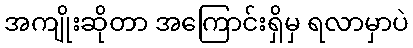
အကျိုးဆိုတာ အကြောင်းရှိမှ ရလာမှာပဲ